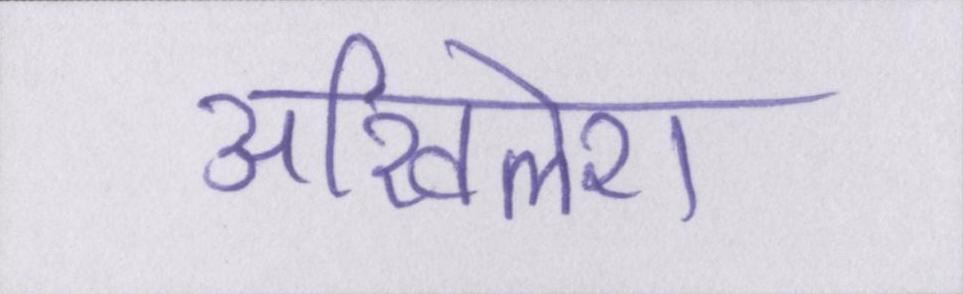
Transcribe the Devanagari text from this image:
अखिलेश